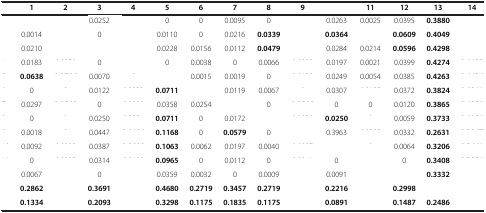
<table><thead><tr><td>[EMPTY_CELL]</td><td><b>1</b></td><td><b>2</b></td><td><b>3</b></td><td><b>4</b></td><td><b>5</b></td><td><b>6</b></td><td><b>7</b></td><td><b>8</b></td><td><b>9</b></td><td>[EMPTY_CELL]</td><td><b>11</b></td><td><b>12</b></td><td><b>13</b></td><td><b>14</b></td></tr></thead><tbody><tr><td>[EMPTY_CELL]</td><td>[EMPTY_CELL]</td><td>[EMPTY_CELL]</td><td>0.0252</td><td>[EMPTY_CELL]</td><td>0</td><td>0</td><td>0.0095</td><td>0</td><td>[EMPTY_CELL]</td><td>0.0263</td><td>0.0025</td><td>0.0395</td><td><b>0.3880</b></td><td>[EMPTY_CELL]</td></tr><tr><td>[EMPTY_CELL]</td><td>0.0014</td><td>[EMPTY_CELL]</td><td>0</td><td>[EMPTY_CELL]</td><td>0.0110</td><td>0</td><td>0.0216</td><td><b>0.0339</b></td><td>[EMPTY_CELL]</td><td><b>0.0364</b></td><td>[EMPTY_CELL]</td><td><b>0.0609</b></td><td><b>0.4049</b></td><td>[EMPTY_CELL]</td></tr><tr><td>[EMPTY_CELL]</td><td>0.0210</td><td>[EMPTY_CELL]</td><td>[EMPTY_CELL]</td><td>[EMPTY_CELL]</td><td>0.0228</td><td>0.0156</td><td>0.0112</td><td><b>0.0479</b></td><td>[EMPTY_CELL]</td><td>0.0284</td><td>0.0214</td><td><b>0.0596</b></td><td><b>0.4298</b></td><td>[EMPTY_CELL]</td></tr><tr><td>[EMPTY_CELL]</td><td>0.0183</td><td>[EMPTY_CELL]</td><td>0</td><td>[EMPTY_CELL]</td><td>0</td><td>0.0038</td><td>0</td><td>0.0066</td><td>[EMPTY_CELL]</td><td>0.0197</td><td>0.0021</td><td>0.0399</td><td><b>0.4274</b></td><td>[EMPTY_CELL]</td></tr><tr><td>[EMPTY_CELL]</td><td><b>0.0638</b></td><td>[EMPTY_CELL]</td><td>0.0070</td><td>[EMPTY_CELL]</td><td>[EMPTY_CELL]</td><td>0.0015</td><td>0.0019</td><td>0</td><td>[EMPTY_CELL]</td><td>0.0249</td><td>0.0054</td><td>0.0385</td><td><b>0.4263</b></td><td>[EMPTY_CELL]</td></tr><tr><td>[EMPTY_CELL]</td><td>0</td><td>[EMPTY_CELL]</td><td>0.0122</td><td>[EMPTY_CELL]</td><td><b>0.0711</b></td><td>[EMPTY_CELL]</td><td>0.0119</td><td>0.0067</td><td>[EMPTY_CELL]</td><td>0.0307</td><td>[EMPTY_CELL]</td><td>0.0372</td><td><b>0.3824</b></td><td>[EMPTY_CELL]</td></tr><tr><td>[EMPTY_CELL]</td><td>0.0297</td><td>[EMPTY_CELL]</td><td>0</td><td>[EMPTY_CELL]</td><td>0.0358</td><td>0.0254</td><td>[EMPTY_CELL]</td><td>0</td><td>[EMPTY_CELL]</td><td>0</td><td>0</td><td>0.0120</td><td><b>0.3865</b></td><td>[EMPTY_CELL]</td></tr><tr><td>[EMPTY_CELL]</td><td>0</td><td>[EMPTY_CELL]</td><td>0.0250</td><td>[EMPTY_CELL]</td><td><b>0.0711</b></td><td>0</td><td>0.0172</td><td>[EMPTY_CELL]</td><td>[EMPTY_CELL]</td><td><b>0.0250</b></td><td>[EMPTY_CELL]</td><td>0.0059</td><td><b>0.3733</b></td><td>[EMPTY_CELL]</td></tr><tr><td>[EMPTY_CELL]</td><td>0.0018</td><td>[EMPTY_CELL]</td><td>0.0447</td><td>[EMPTY_CELL]</td><td><b>0.1168</b></td><td>0</td><td><b>0.0579</b></td><td>0</td><td>[EMPTY_CELL]</td><td>0.3963</td><td>[EMPTY_CELL]</td><td>0.0332</td><td><b>0.2631</b></td><td>[EMPTY_CELL]</td></tr><tr><td>[EMPTY_CELL]</td><td>0.0092</td><td>[EMPTY_CELL]</td><td>0.0387</td><td>[EMPTY_CELL]</td><td><b>0.1063</b></td><td>0.0062</td><td>0.0197</td><td>0.0040</td><td>[EMPTY_CELL]</td><td>[EMPTY_CELL]</td><td>[EMPTY_CELL]</td><td>0.0064</td><td><b>0.3206</b></td><td>[EMPTY_CELL]</td></tr><tr><td>[EMPTY_CELL]</td><td>0</td><td>[EMPTY_CELL]</td><td>0.0314</td><td>[EMPTY_CELL]</td><td><b>0.0965</b></td><td>0</td><td>0.0112</td><td>0</td><td>[EMPTY_CELL]</td><td>0</td><td>[EMPTY_CELL]</td><td>0</td><td><b>0.3408</b></td><td>[EMPTY_CELL]</td></tr><tr><td>[EMPTY_CELL]</td><td>0.0067</td><td>[EMPTY_CELL]</td><td>0</td><td>[EMPTY_CELL]</td><td>0.0359</td><td>0.0032</td><td>0</td><td>0.0009</td><td>[EMPTY_CELL]</td><td>0.0091</td><td>[EMPTY_CELL]</td><td>[EMPTY_CELL]</td><td><b>0.3332</b></td><td>[EMPTY_CELL]</td></tr><tr><td>[EMPTY_CELL]</td><td><b>0.2862</b></td><td>[EMPTY_CELL]</td><td><b>0.3691</b></td><td>[EMPTY_CELL]</td><td><b>0.4680</b></td><td><b>0.2719</b></td><td><b>0.3457</b></td><td><b>0.2719</b></td><td>[EMPTY_CELL]</td><td><b>0.2216</b></td><td>[EMPTY_CELL]</td><td><b>0.2998</b></td><td>[EMPTY_CELL]</td><td>[EMPTY_CELL]</td></tr><tr><td>[EMPTY_CELL]</td><td><b>0.1334</b></td><td>[EMPTY_CELL]</td><td><b>0.2093</b></td><td>[EMPTY_CELL]</td><td><b>0.3298</b></td><td><b>0.1175</b></td><td><b>0.1835</b></td><td><b>0.1175</b></td><td>[EMPTY_CELL]</td><td><b>0.0891</b></td><td>[EMPTY_CELL]</td><td><b>0.1487</b></td><td><b>0.2486</b></td><td>[EMPTY_CELL]</td></tr></tbody></table>